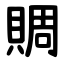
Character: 賙